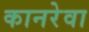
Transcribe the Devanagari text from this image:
कानरेवा